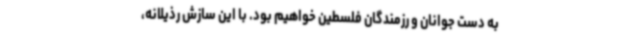
به دست جوانان و رزمندگان فلسطین خواهیم بود. با این سازش رذیلانه،